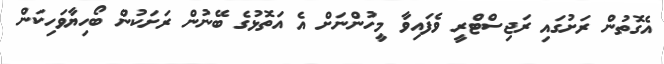
އެގޮތުން ރަށުގައި ރަޖިސްޓްރީ ވެފައިވާ މީހުންނަށް އެ އަތޮޅުގެ ބޭނުން ރަށަކުން ބޯހިޔާވަހިކަން